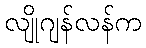
လျိုဂျန်လန်က